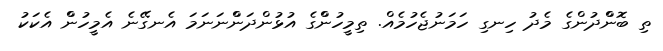
ތި ބޮންްދުންގެ މެދު ހިނގި ހަމަނުޖެހުމެއް. ތިމީހުންްގެ އުޅުންދަންްނަނަމަ އެނގޭނެ އެމީހުންް އެކަކު